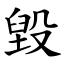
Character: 毀